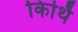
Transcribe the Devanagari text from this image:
किर्थि